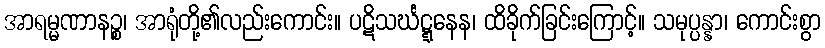
အာရမ္မဏာနဉ္စ၊ အာရုံတို့၏လည်းကောင်း။ ပဋိသင်္ဃဋ္ဋနေန၊ ထိခိုက်ခြင်းကြောင့်။ သမုပ္ပန္နာ၊ ကောင်းစွာ